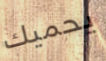
يحميك